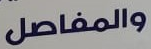
والمفاصل